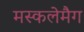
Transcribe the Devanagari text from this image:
मस्कलेमैग